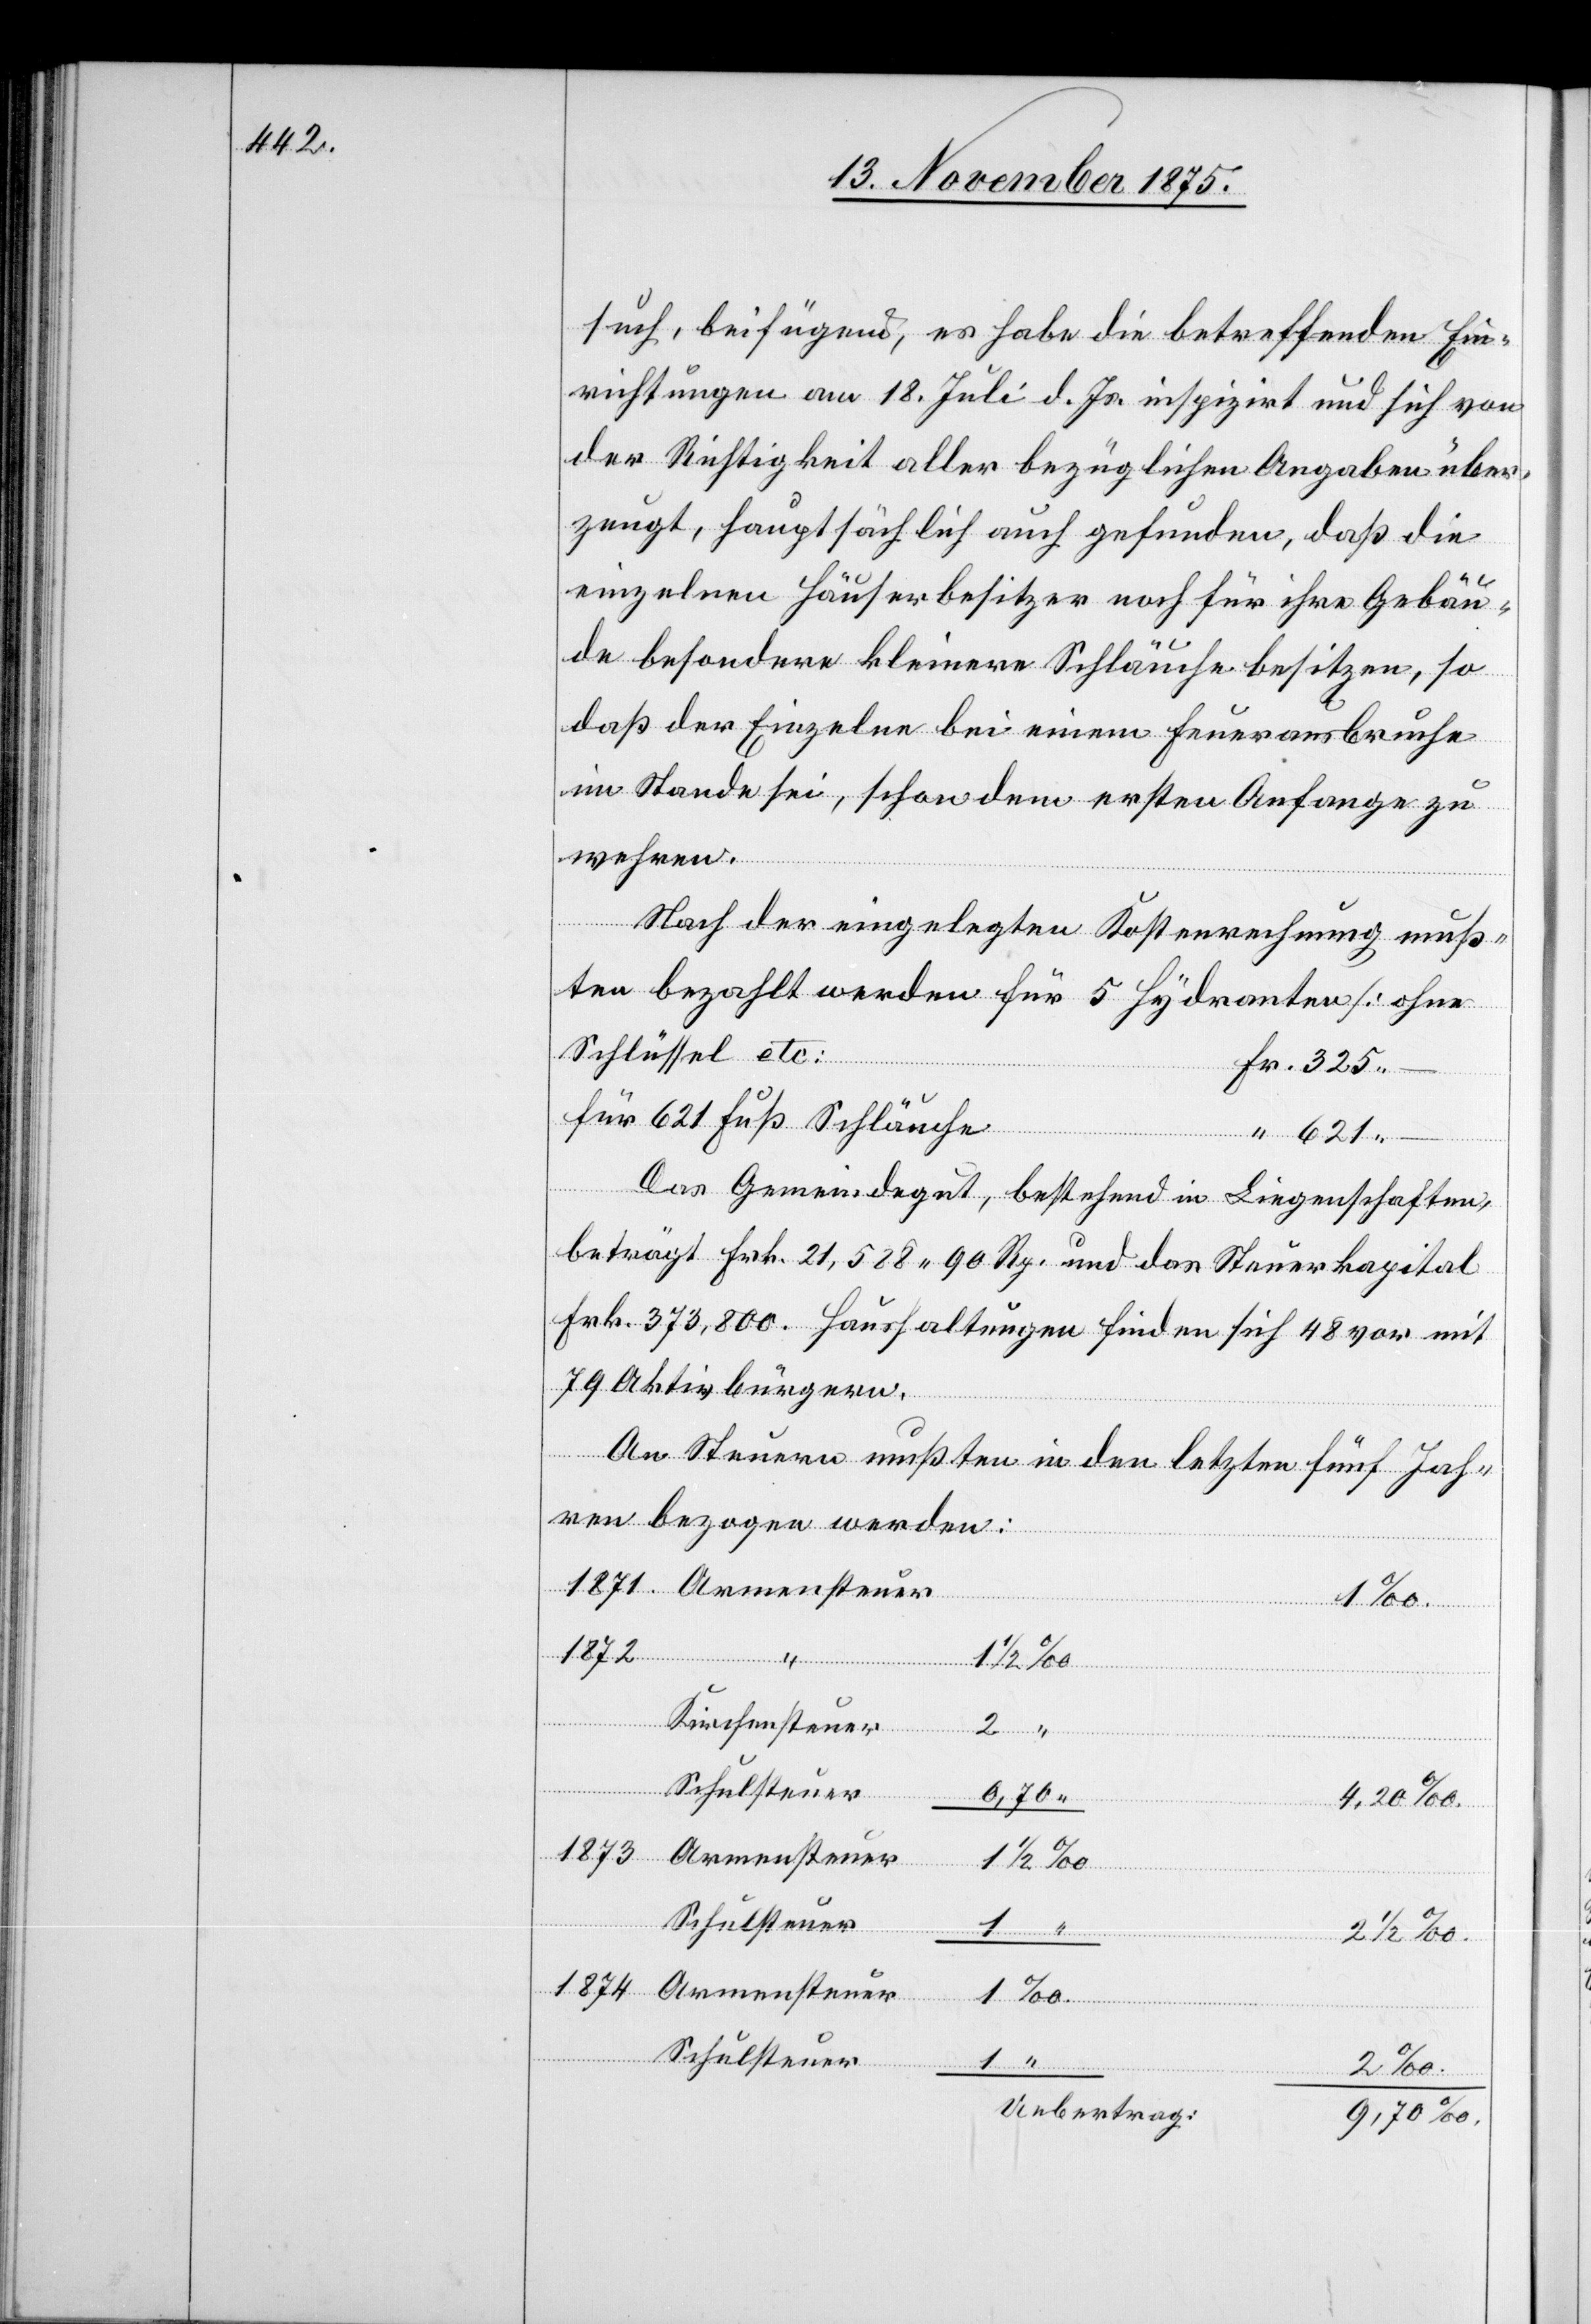
such, beifügend, es habe die betreffenden Ein¬
richtungen am 18. Juli d. Js. inspizirt und sich von
der Richtigkeit aller bezüglichen Angaben über¬
zeugt, hauptsächlich auch gefunden, daß die
einzelnen Häuserbesitzer noch für ihre Gebäu¬
2
de besondere kleinere Schläuche besitzen, so
daß der Einzelne bei einem Feuerausbruche
im Stande sei, schon dem ersten Anfange zu
wehren.
Nach der eingelegten Kostenrechnung muß¬
ten bezahlt werden für 5 Hydranten [ohne
Schlüssel] etc:
für 621 Fuß Schläuche
“
Das Gemeindegut, bestehend in Liegenschaften,
beträgt Frk. 21,528 90 Rp. und das Steuerkapital
Frk. 373,800. Haushaltungen finden sich 48 vor mit
79 Aktivbürgern.
An Steuern mußten in den letzten fünf Jah¬
ren bezogen werden:
1/2
Kirchensteuer
2
Schulsteuer
0,70
4,20‰
1874
Armensteuer
621 –.
Schulsteuer